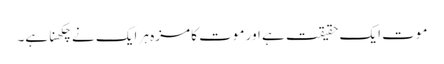
موت ایک حقیقت ہے اور موت کا مزہ ہر ایک نے چکھنا ہے۔